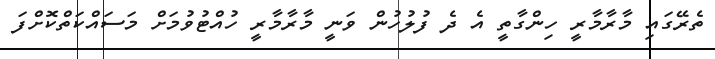
ތެރޭގައި މާރާމާރީ ހިންގާތީ އެ ދެ ފުލުހުން ވަނީ މާރާމާރީ ހުއްޓުވުމަށް މަސައްކަތްކޮށްފަ